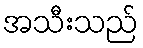
အသီးသည်